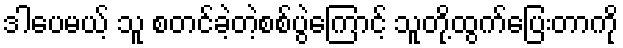
ဒါပေမယ့် သူ စတင်ခဲ့တဲ့စစ်ပွဲကြောင့် သူတို့ထွက်ပြေးတာကို